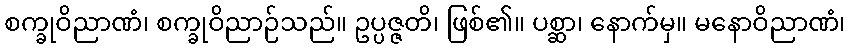
စက္ခုဝိညာဏံ၊ စက္ခုဝိညာဉ်သည်။ ဥပ္ပဇ္ဇတိ၊ ဖြစ်၏။ ပစ္ဆာ၊ နောက်မှ။ မနောဝိညာဏံ၊